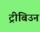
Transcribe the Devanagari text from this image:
ट्रीबिउन